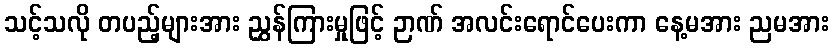
သင့်သလို တပည့်များအား ညွှန်ကြားမှုဖြင့် ဉာဏ် အလင်းရောင်ပေးကာ နေ့မအား ညမအား